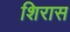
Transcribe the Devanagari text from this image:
शिरास